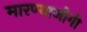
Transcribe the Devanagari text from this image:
मारण्याजोगी